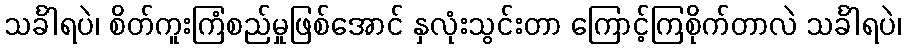
သင်္ခါရပဲ၊ စိတ်ကူးကြံစည်မှုဖြစ်အောင် နှလုံးသွင်းတာ ကြောင့်ကြစိုက်တာလဲ သင်္ခါရပဲ၊